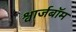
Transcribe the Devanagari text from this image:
श्वार्जबॉम